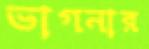
ভাগনার